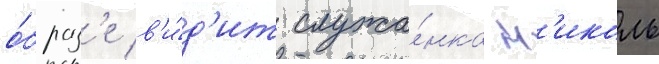
о́браз'е в'и́д'ит служа́нка н'иколь